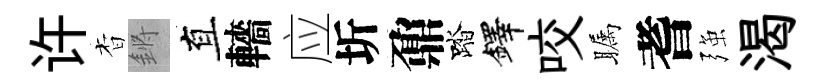
许杳鏘直轖应圻鼐踏鐸咬瞩耆强渴